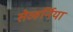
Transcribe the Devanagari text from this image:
सेव्हर्निया